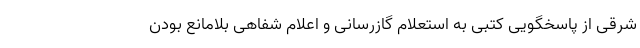
شرقی از پاسخگویی کتبی به استعلام گازرسانی و اعلام شفاهی بلامانع بودن